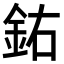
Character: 𨥰